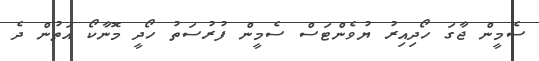
ސެމީން ޖާގަ ހޯދިއިރު ޔުވެންޓަސް ސެމީން ފުރުސަތު ހޯދީ މޮނާކޯ އަތުން ދެ